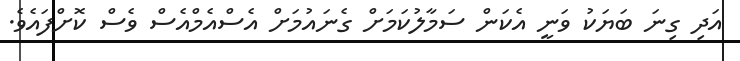
އަދި ގިނަ ބަޔަކު ވަނީ އެކަން ސަމާލުކަމަށް ގެނައުމަށް އެސްއެމްއެސް ވެސް ކޮށްފައެވެ.